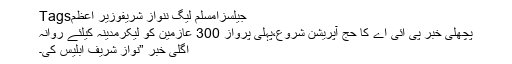
Tagsجیلسزامسلم لیگ ننواز شریفوزیر اعظم
پچھلی خبر پی آئی اے کا حج آپریشن شروع،پہلی پرواز 300 عازمین کو لیکرمدینہ کیلئے روانہ
اگلی خبر ”نواز شریف ابلیس کی۔